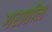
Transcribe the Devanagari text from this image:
गरातील